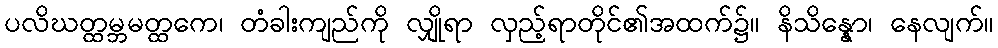
ပလိဃတ္ထမ္ဘမတ္ထကေ၊ တံခါးကျည်ကို လျှိုရာ လှည့်ရာတိုင်၏အထက်၌။ နိသိန္နော၊ နေလျက်။